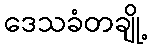
ဒေသခံတချို့